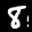
Label: 8